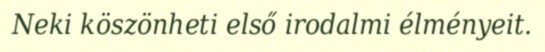
Neki köszönheti első irodalmi élményeit.